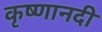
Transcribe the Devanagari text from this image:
कृष्णानदी